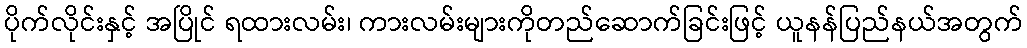
ပိုက်လိုင်းနှင့် အပြိုင် ရထားလမ်း၊ ကားလမ်းများကိုတည်ဆောက်ခြင်းဖြင့် ယူနန်ပြည်နယ်အတွက်